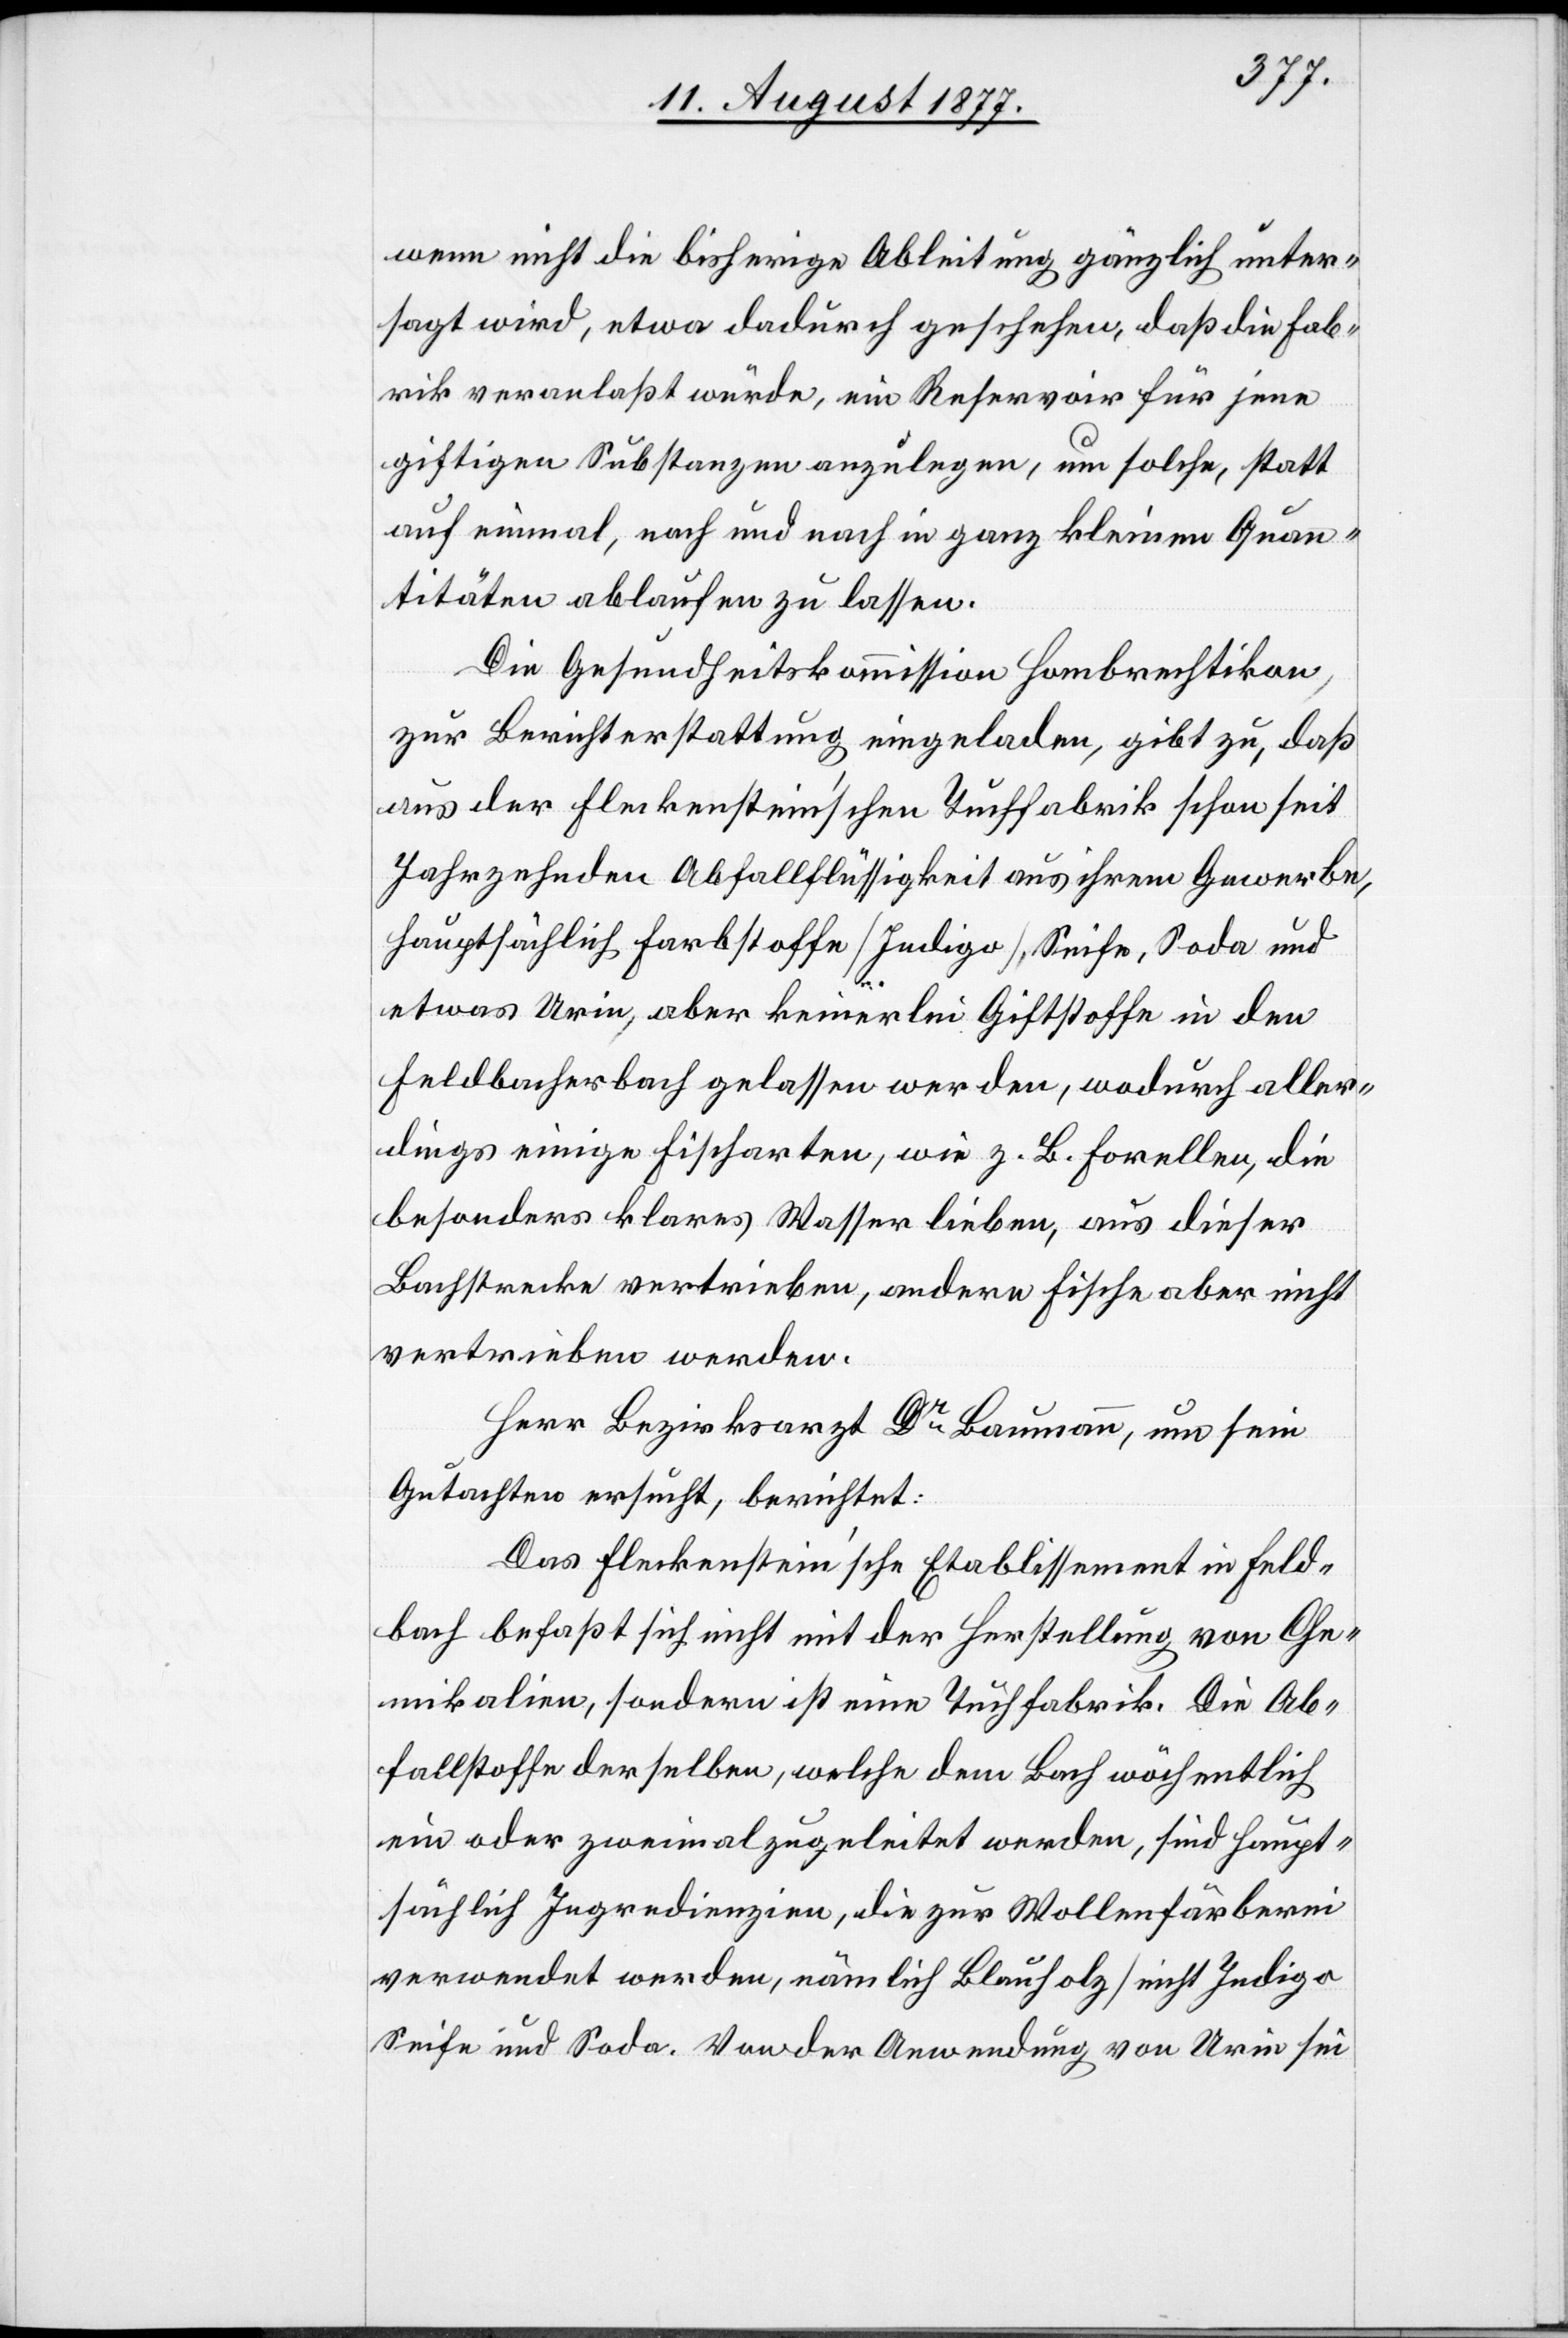
wenn nicht die bisherige Ableitung gänzlich unter¬
sagt wird, etwa dadurch geschehen, daß die Fab¬
rik veranlaßt würde, ein Reservoir für jene
giftigen Substanzen anzulegen, um solche, statt
auf einmal, nach und nach in ganz kleinen Quan¬
titäten ablaufen zu lassen.
Die Gesundheitskommission Hombrechtikon,
zur Berichterstattung eingeladen, gibt zu, daß
aus der Fleckenstein’schen Tuchfabrik schon seit
Jahrzehnden Abfallflüssigkeit aus ihrem Gewerbe,
hauptsächlich Farbstoffe [Indigo], Seife, Soda und
etwas Urin, aber keinerlei Giftstoffe in den
Feldbacherbach gelassen werden, wodurch aller¬
dings einige Fischarten, wie z. B. Forellen, die
besonders klares Wasser lieben, aus dieser
Bachstrecke vertrieben, andere Fische aber nicht
vertrieben werden.
Herr Bezirksarzt Dr Baumann, um sein
Gutachten ersucht, berichtet:
Das Fleckenstein’sche Etablissement in Feld¬
bach befaßt sich nicht mit der Herstellung von Che¬
mikalien, sondern ist eine Tuchfabrik. Die Ab¬
fallstoffe derselben, welche dem Bach wöchentlich
ein oder zweimal zugeleitet werden, sind haupt¬
sächlich Ingredienzien, die zur Wollenfärberei
verwendet werden, nämlich Blauholz [nicht Indigo[]]
Seife und Soda. Von der Anwendung von Urin sei